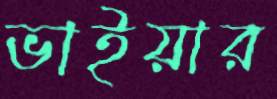
ভাইয়ার